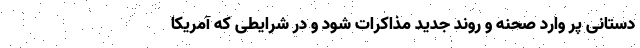
دستانی پر وارد صحنه و روند جدید مذاکرات شود و در شرایطی که آمریکا